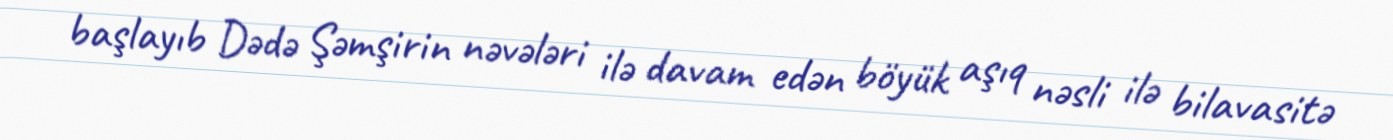
başlayıb Dədə Şəmşirin nəvələri ilə davam edən böyük aşıq nəsli ilə bilavasitə